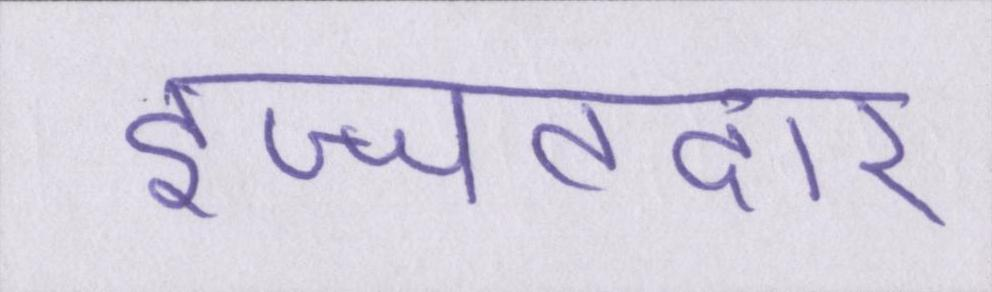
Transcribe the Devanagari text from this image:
इज्जतदार